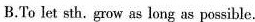
B.To let sth,gow as long as poeible.